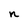
Character: n